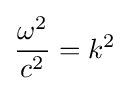
{\frac {\omega ^{2}}{c^{2}}}=k^{2}